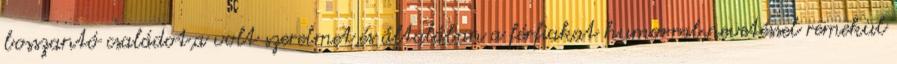
bosszantó családot,a volt szerelmet,és általában a férfiakat humorral,nevetéssel remekül